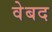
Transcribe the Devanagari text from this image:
वेबद